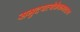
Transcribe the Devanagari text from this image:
समुदयत्येकैकमादाय